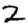
Digit: 2